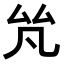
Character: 𠫨